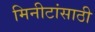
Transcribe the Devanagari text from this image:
मिनीटांसाठी